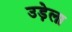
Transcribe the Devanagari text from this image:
उड़ेला